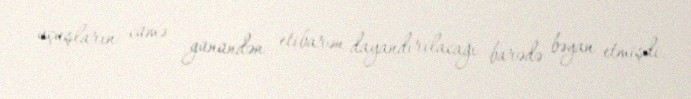
uçuşların cümə günündən etibarən dayandırılacağı barədə bəyan etmişdi.